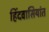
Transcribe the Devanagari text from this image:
हिंदवासियांत